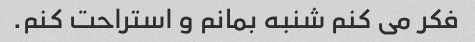
فکر می کنم شنبه بمانم و استراحت کنم.